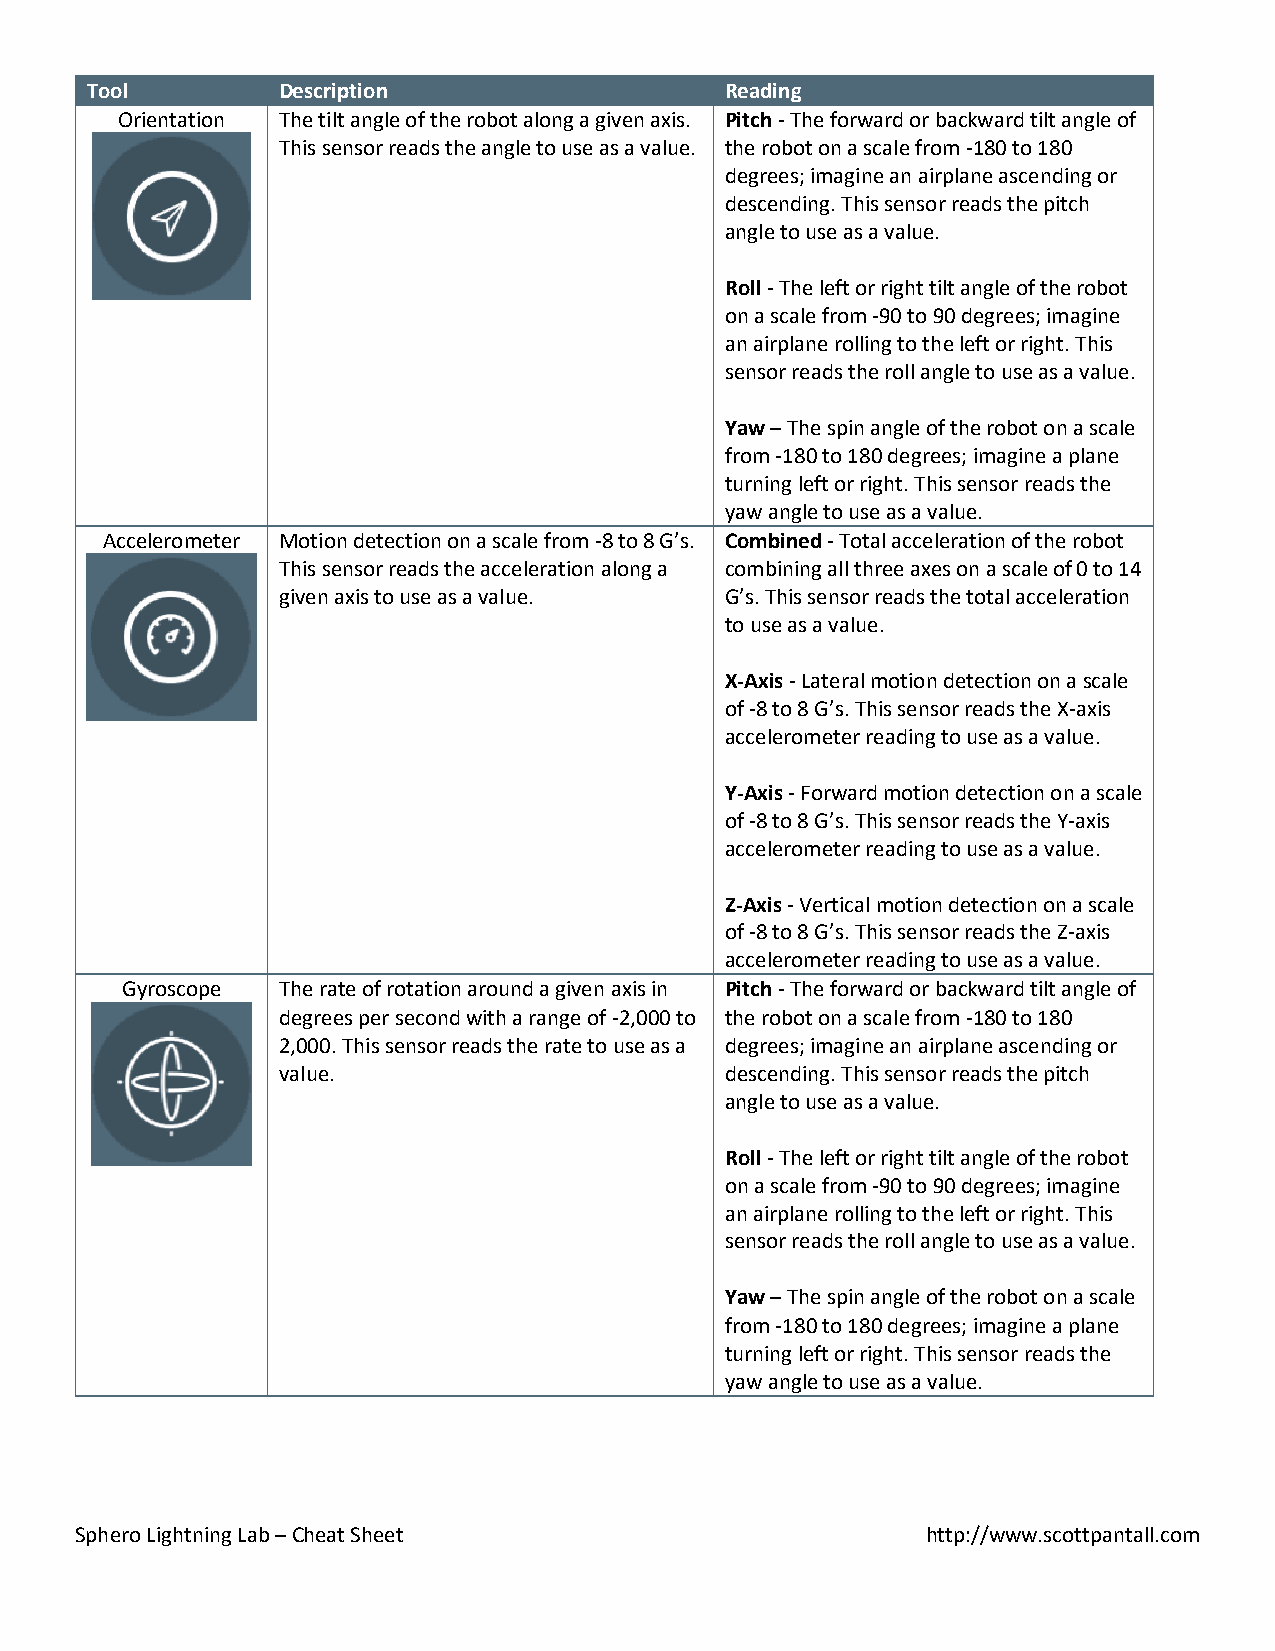
Tool        Description                   Reading
 Orientation The tilt angle of the robot along a given axis. Pitch - The forward or backward tilt angle of
 This sensor reads the angle to use as a value. the robot on a scale from -180 to 180
 degrees; imagine an airplane ascending or
 descending. This sensor reads the pitch
 angle to use as a value.
 Roll - The left or right tilt angle of the robot
 on a scale from -90 to 90 degrees; imagine
 an airplane rolling to the left or right. This
 sensor reads the roll angle to use as a value.
 Yaw – The spin angle of the robot on a scale
 from -180 to 180 degrees; imagine a plane
 turning left or right. This sensor reads the
 yaw angle to use as a value.
 Accelerometer Motion detection on a scale from -8 to 8 G’s. Combined - Total acceleration of the robot
 This sensor reads the acceleration along a combining all three axes on a scale of 0 to 14
 given axis to use as a value. G’s. This sensor reads the total acceleration
 to use as a value.
 X-Axis - Lateral motion detection on a scale
 of -8 to 8 G’s. This sensor reads the X-axis
 accelerometer reading to use as a value.
 Y-Axis - Forward motion detection on a scale
 of -8 to 8 G’s. This sensor reads the Y-axis
 accelerometer reading to use as a value.
 Z-Axis - Vertical motion detection on a scale
 of -8 to 8 G’s. This sensor reads the Z-axis
 accelerometer reading to use as a value.
 Gyroscope The rate of rotation around a given axis in Pitch - The forward or backward tilt angle of
 degrees per second with a range of -2,000 to the robot on a scale from -180 to 180
 2,000. This sensor reads the rate to use as a degrees; imagine an airplane ascending or
 value.                        descending. This sensor reads the pitch
 angle to use as a value.
 Roll - The left or right tilt angle of the robot
 on a scale from -90 to 90 degrees; imagine
 an airplane rolling to the left or right. This
 sensor reads the roll angle to use as a value.
 Yaw – The spin angle of the robot on a scale
 from -180 to 180 degrees; imagine a plane
 turning left or right. This sensor reads the
 yaw angle to use as a value.
 Sphero Lightning Lab – Cheat Sheet                      http://www.scottpantall.com